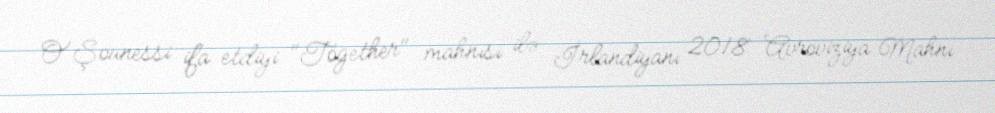
O'Şounessi ifa etdiyi "Together" mahnısı ilə İrlandiyanı 2018 Avroviziya Mahnı